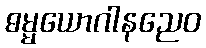
ဓမ္မယောဂါနညေဝ